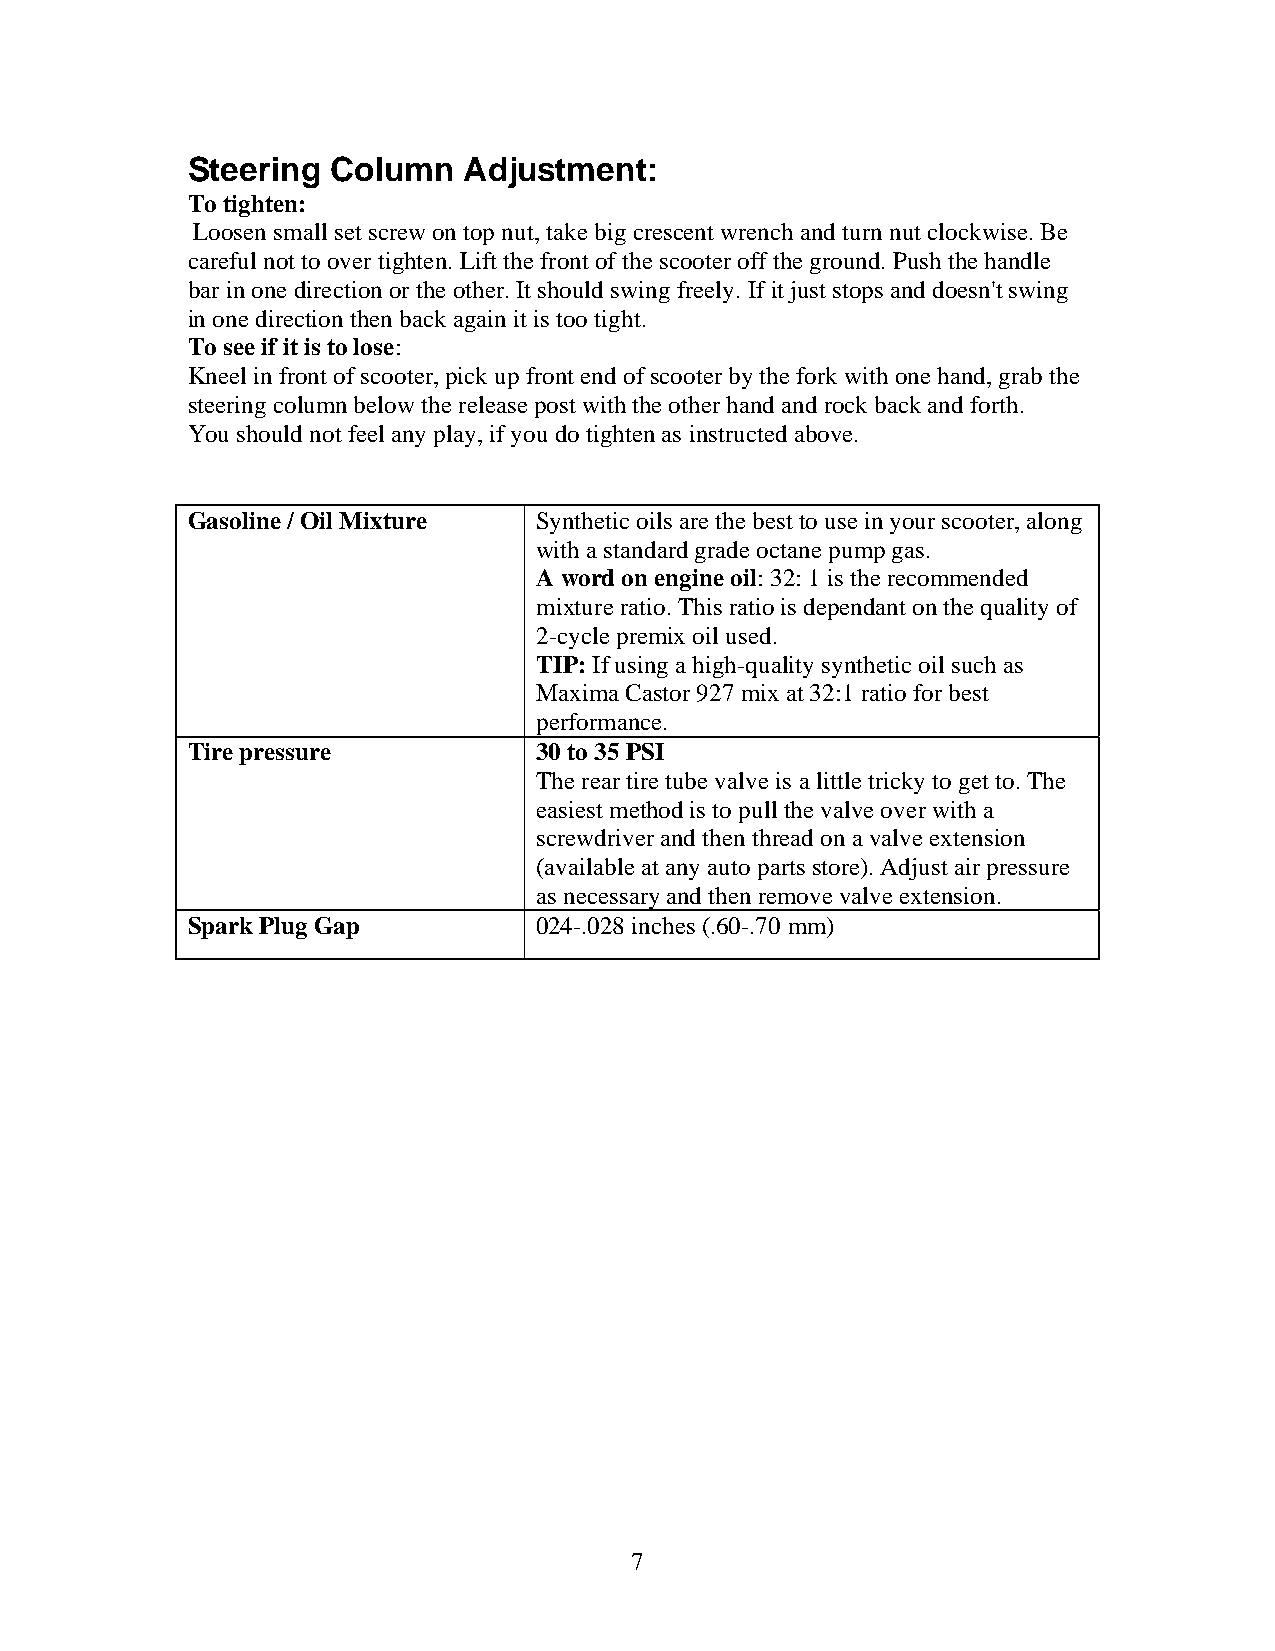
Steering  Column   Adjustment:
 To tighten:
 Loosen small set screw on top nut, take big crescent wrench and turn nut clockwise. Be
 careful not to over tighten. Lift the front of the scooter off the ground. Push the handle
 bar in one direction or the other. It should swing freely. If it just stops and doesn't swing
 in one direction then back again it is too tight.
 To see if it is to lose:
 Kneel in front of scooter, pick up front end of scooter by the fork with one hand, grab the
 steering column below the release post with the other hand and rock back and forth.
 You should not feel any play, if you do tighten as instructed above.
 Gasoline / Oil Mixture  Synthetic oils are the best to use in your scooter, along
 with a standard grade octane pump gas.
 A word on engine oil: 32: 1 is the recommended
 mixture ratio. This ratio is dependant on the quality of
 2-cycle premix oil used.
 TIP: If using a high-quality synthetic oil such as
 Maxima Castor 927 mix at 32:1 ratio for best
 performance.
 Tire pressure           30 to 35 PSI
 The rear tire tube valve is a little tricky to get to. The
 easiest method is to pull the valve over with a
 screwdriver and then thread on a valve extension
 (available at any auto parts store). Adjust air pressure
 as necessary and then remove valve extension.
 Spark Plug Gap          024-.028 inches (.60-.70 mm)
 7